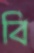
বি